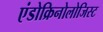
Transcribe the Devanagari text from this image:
एंडोक्रिनोलोजिस्ट